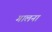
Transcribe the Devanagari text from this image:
गालना